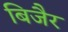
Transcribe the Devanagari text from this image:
बिजैर